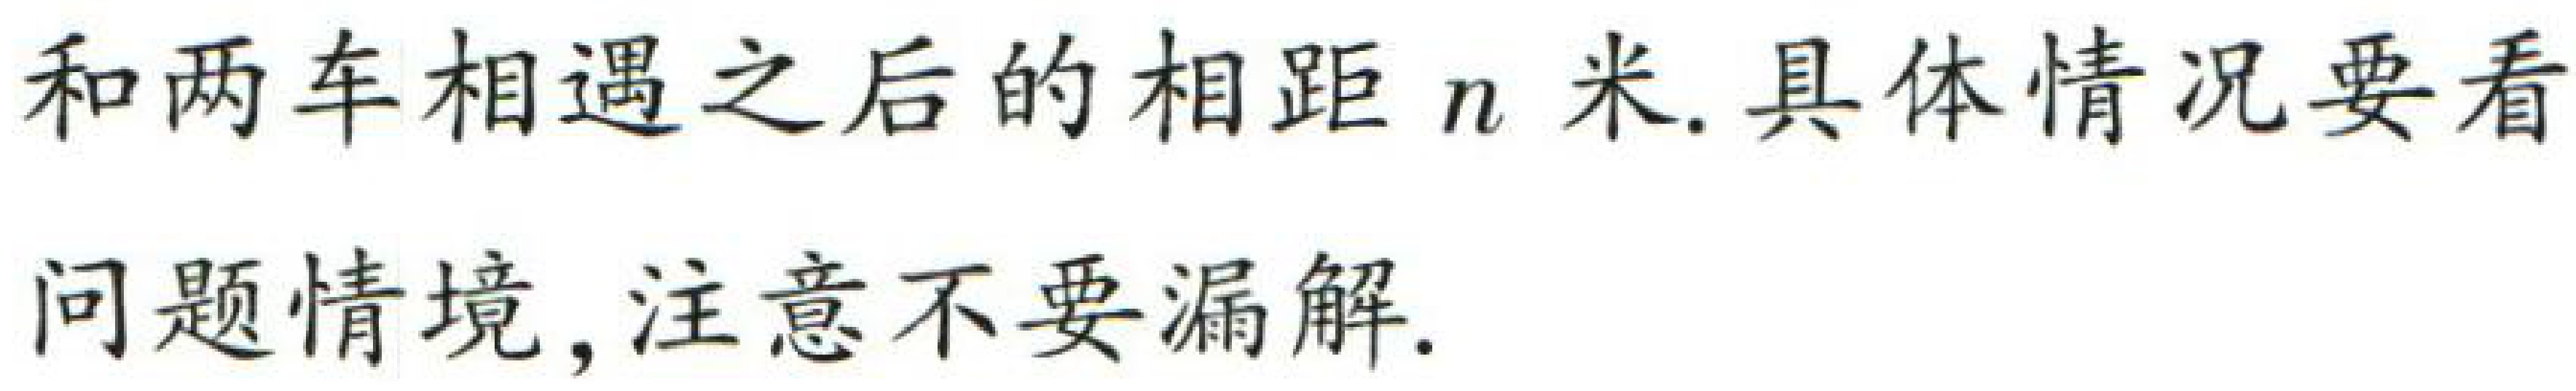
和两车相遇之后的相距\(n\)米. 具体情况要看

问题情境, 注意不要漏解.